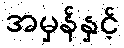
အမှန်နှင့်